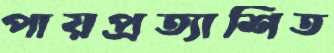
পায়প্রত্যাশিত